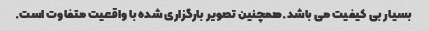
بسیار بی کیفیت می باشد.همچنین تصویر بارگزاری شده با واقعیت متفاوت است.